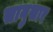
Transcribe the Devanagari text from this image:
सानुसार